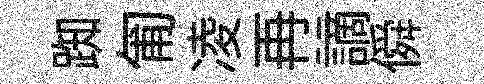
踟匍凌再謫僢